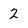
Character: 2